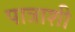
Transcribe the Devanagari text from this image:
पात्राशी